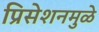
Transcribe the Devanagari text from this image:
प्रिसेशनमुळे